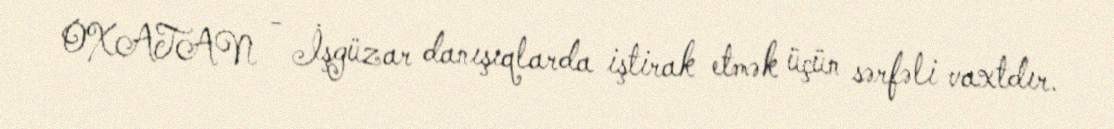
OXATAN - İşgüzar danışıqlarda iştirak etmək üçün sərfəli vaxtdır.